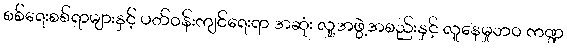
စစ်ရေးစစ်ရာများနှင့် ပတ်ဝန်းကျင်ရေးရာ အဆုံး လူ့အဖွဲ့အစည်းနှင့် လူနေမှုဘဝ ကဏ္ဍ